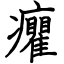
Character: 癯